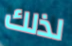
لذلك